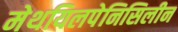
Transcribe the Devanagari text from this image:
मेथयिलपेनिसिलीन